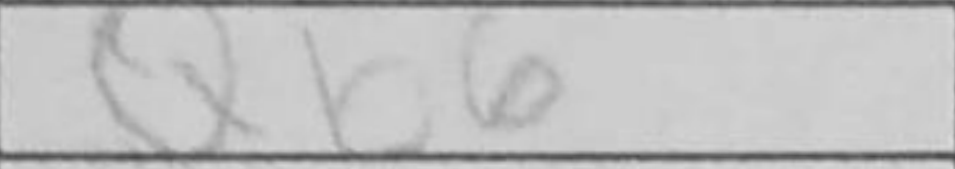
Transcription: Qb6